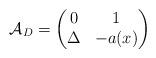
LaTeX: \begin{align*} \mathcal{A}_D = \begin{pmatrix} 0 & 1 \\ \Delta & -a(x) \end{pmatrix}\end{align*}